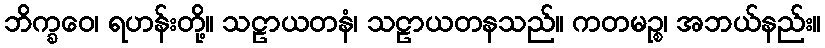
ဘိက္ခဝေ၊ ရဟန်းတို့။ သဠာယတနံ၊ သဠာယတနသည်။ ကတမဉ္စ၊ အဘယ်နည်း။